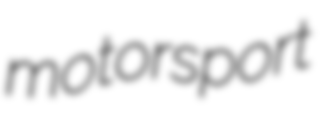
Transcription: motorsport